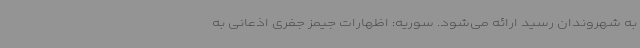
به شهروندان رسید ارائه می‌شود. سوریه: اظهارات جیمز جفری اذعانی به